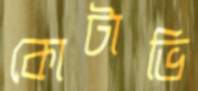
কোটাভি